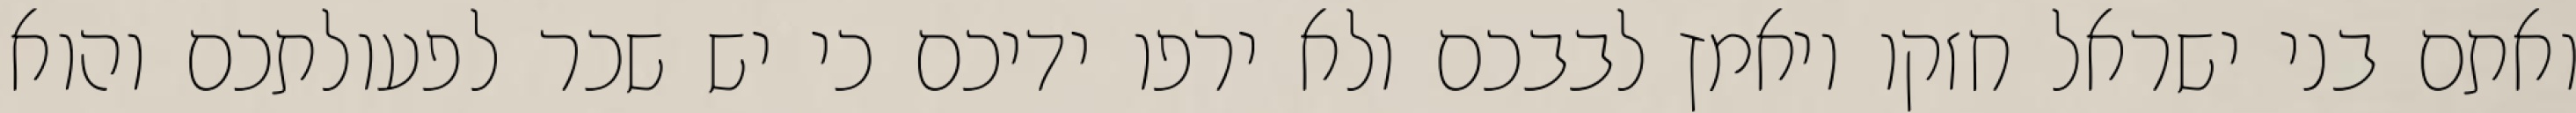
ואתם בני ישראל חזקו ויאמץ לבבכם ולא ירפו ידיכם כי יש שכר לפעולתכם והוא